Indian journal of veterinary science and animal husbandry - Volumes 24-25, 1954-1955
Year: 1954
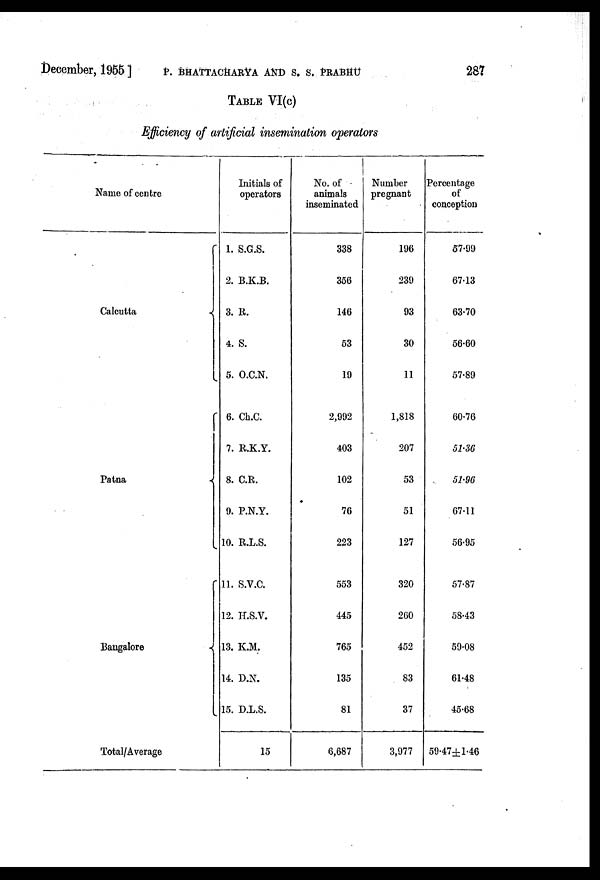
December, 1955 ] P. BHATTACHARYA AND S. S. PRABHU 287
TABLE VI(c)
Efficiency of artificial insemination operators
Name of centre
Calcutta
Patna
Bangalore
Total/Average
Initials of
operators
1. S.G.S.
2. B.K.B.
3. R.
4. S.
5. O.C.N.
6. Ch.C.
7. R.K.Y.
8. C.R.
9. P.N.Y.
10. R.L.S.
11. S.V.C.
12. H.S.V.
13. K.M.
14. D.N.
15. D.L.S.
15
No. of
animals
inseminated
338
356
146
53
19
2,992
403
102
76
223
553
445
765
135
81
6,687
Number
pregnant
196
239
93
30
11
1,818
207
53
51
127
320
260
452
83
37
3,977
Percentage
of
conception
57.99
67.13
63.70
56.60
57.89
60.76
51.36
51.96
67.11
56.95
57.87
58.43
59.08
61.48
45.68
59.47±1.46